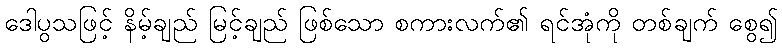
ဒေါပွသဖြင့် နိမ့်ချည် မြင့်ချည် ဖြစ်သော စကားလက်၏ ရင်အုံကို တစ်ချက် စွေ၍